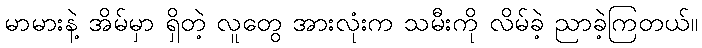
မာမားနဲ့ အိမ်မှာ ရှိတဲ့ လူတွေ အားလုံးက သမီးကို လိမ်ခဲ့ ညာခဲ့ကြတယ်။